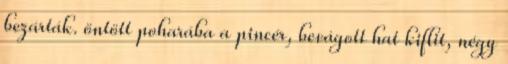
bezárták. öntött poharába a pincér, bevágott hat kiflit, négy